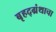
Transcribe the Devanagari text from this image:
बृहद्‌ग्रंथाचा